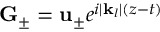
\mathbf { G } _ { \pm } = \mathbf { u } _ { \pm } e ^ { i | \mathbf { k } _ { l } | ( z - t ) }